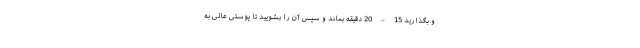
و بگذارید 15 – 20 دقیقه بماند و سپس آن را بشویید تا پوستی عالی به